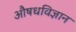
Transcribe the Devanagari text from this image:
औषधविज्ञान